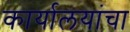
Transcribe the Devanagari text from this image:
कार्यालयांचा